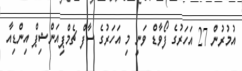
އުމުރުން 27 އަހަރުގެ ފޯވާޑް ވަނީ މި އަހަރުގެ ސާފް ޗެމްޕިއަންޝިޕް އިންޑިއާ